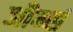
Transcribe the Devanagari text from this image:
जीन्सं